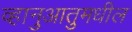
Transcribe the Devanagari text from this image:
व्हानुआतुमधील